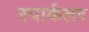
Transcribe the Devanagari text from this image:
स्पार्कलर